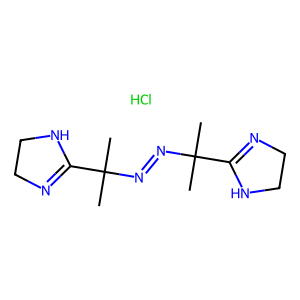
SMILES: CC(C)(N=NC(C)(C)C1=NCCN1)C1=NCCN1.Cl
Inhibits HIV replication: No